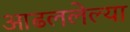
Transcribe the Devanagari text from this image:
आढललेल्या